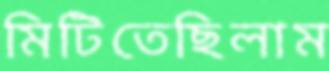
মিটিতেছিলাম